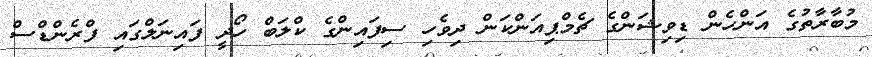
މުބާރާތުގެ އަންހެން ޑިވިޝަންގެ ޗެމްޕިއަންކަން ދިވެހި ސިފައިންގެ ކްލަބް ހޯދީ ފައިނަލްގައި ފްރެންޑްސް